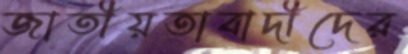
জাতীয়তাবাদীদের